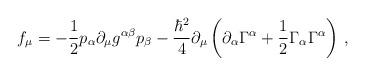
LaTeX: \begin{align*}f_{\mu}=-\frac{1}{2}p_{\alpha}\partial_{\mu} g^{\alpha\beta} p_{\beta}-\frac{\hbar^{2}}{4}\partial_{\mu} \left(\partial_{\alpha}\Gamma^{\alpha}+\frac{1}{2}\Gamma_{\alpha}\Gamma^{\alpha} \right)\,,\end{align*}